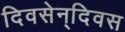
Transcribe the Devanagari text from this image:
दिवसेन्‌दिवस